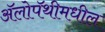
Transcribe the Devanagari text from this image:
ॲलोपॅथीमधील